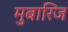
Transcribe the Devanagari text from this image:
मुबारिज